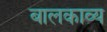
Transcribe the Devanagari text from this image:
बालकाव्य